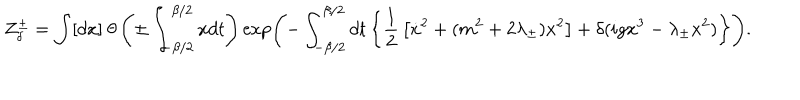
LaTeX: Z _ { \delta } ^ { \pm } = \int [ d x ] \ \theta \left( \pm \int _ { - \beta / 2 } ^ { \beta / 2 } x d t \right) \exp \left( - \int _ { - \beta / 2 } ^ { \beta / 2 } d t \left\{ { \frac { 1 } { 2 } } \left[ \dot { x } ^ { 2 } + ( m ^ { 2 } + 2 \lambda _ { \pm } ) x ^ { 2 } \right] + \delta ( i g x ^ { 3 } - \lambda _ { \pm } x ^ { 2 } ) \right\} \right) .